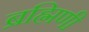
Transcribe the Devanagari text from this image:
ब्रह्मिणी